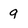
Character: 9